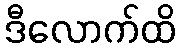
ဒီလောက်ထိ